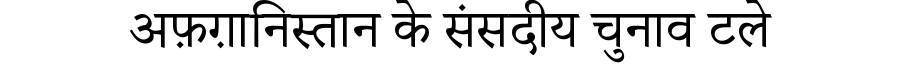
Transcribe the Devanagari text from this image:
अफ़ग़ानिस्तान के संसदीय चुनाव टले